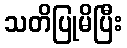
သတိပြုမိပြီး